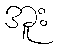
အူး